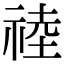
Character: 𥚊